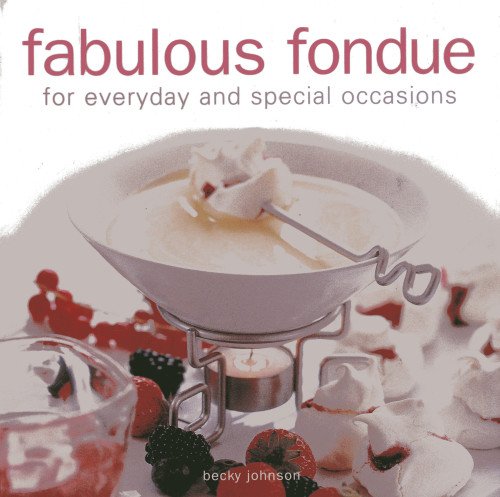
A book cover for Fabulous Fondue: For everyday and special occasions; Becky Johnson; Cookbooks, Food & Wine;